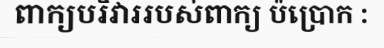
ពាក្យបរិវាររបស់ពាក្យ ប៉ប្រោក :